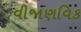
વીજાણવિક